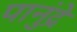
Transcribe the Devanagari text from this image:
पानुंद्रे